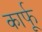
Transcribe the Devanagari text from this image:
कार्फू